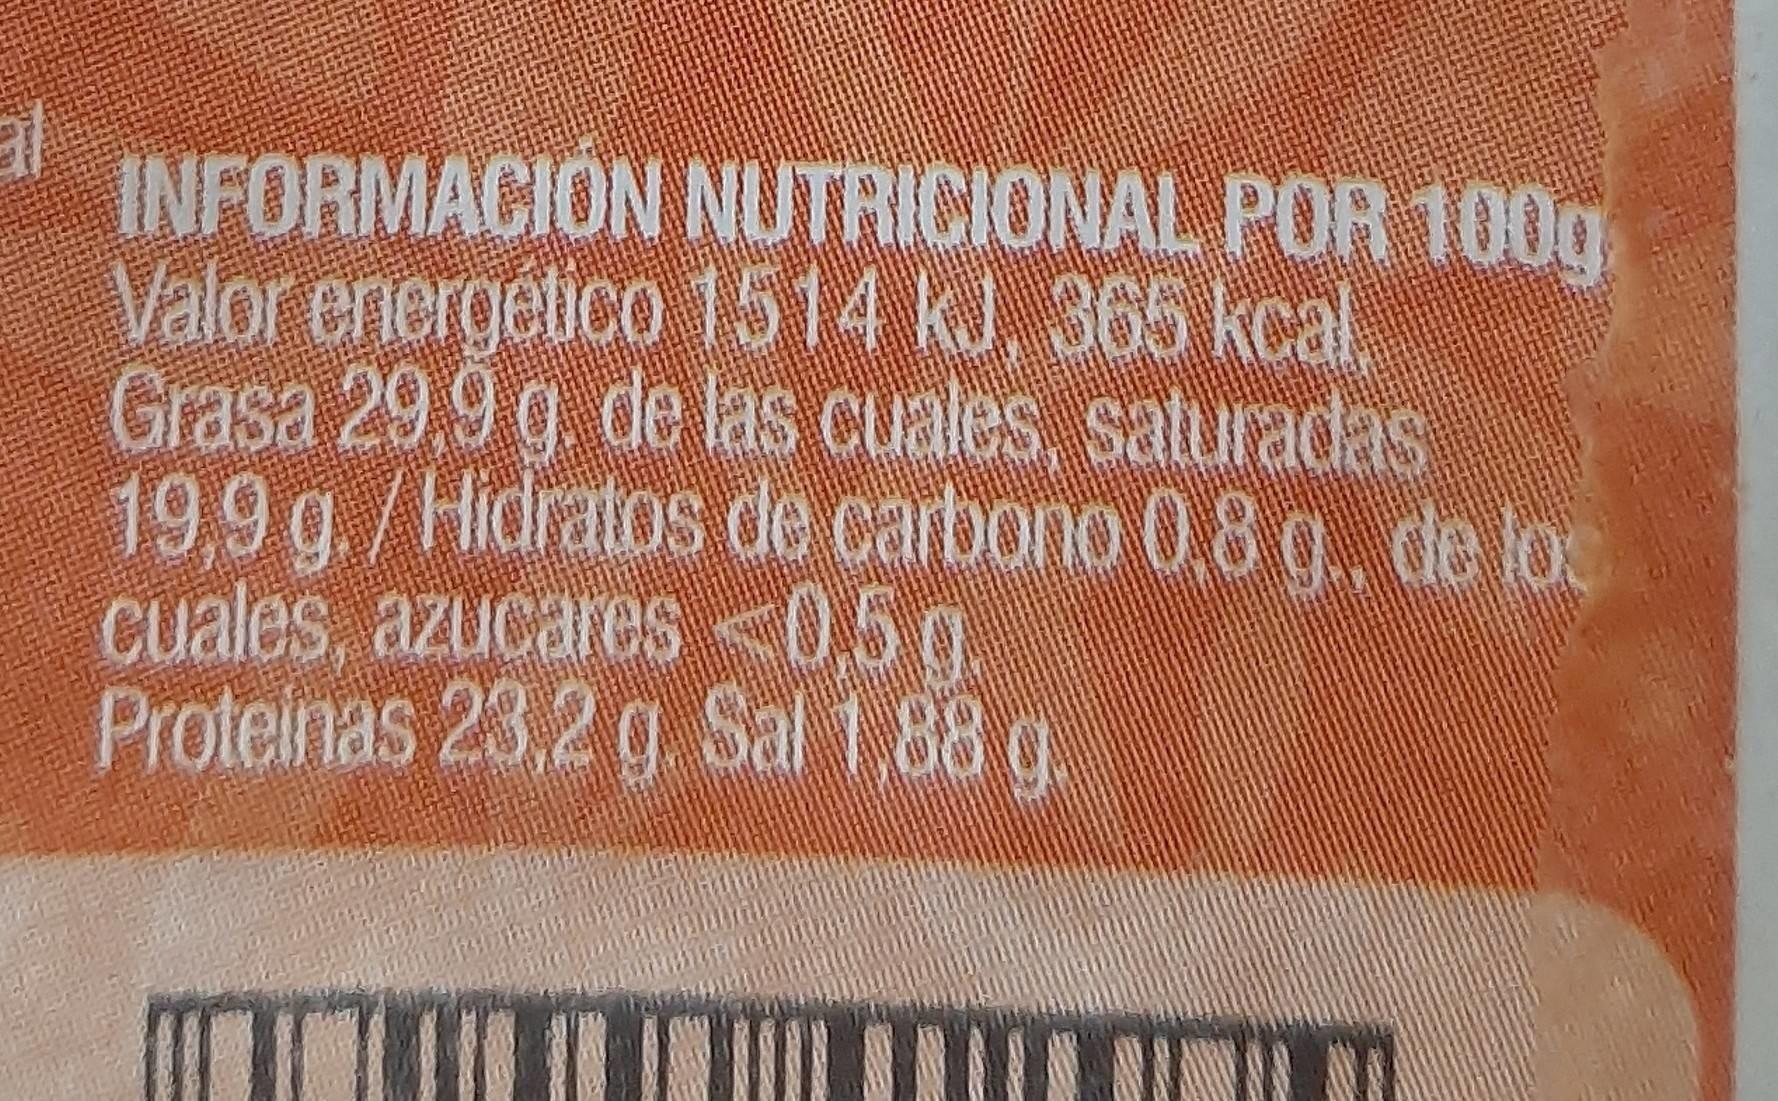
INFORMACION NUTRICIONAL POR 100g, Valor eriergetico 1514 kJ, 365 kcal. Grasa 29,9 g. de las cuales, saturadas 19,9g,/Hidratos de carbono 0,8 g., de loc cuales, azucares<0,5g Proteinas 23,2 g. Sal 1,88 g.